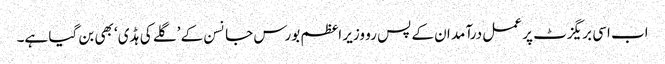
اب اسی بریگزٹ پر عمل درآمد ان کے پس رو وزیر اعظم بورس جانسن کے ’گلے کی ہڈی‘ بھی بن گیا ہے۔